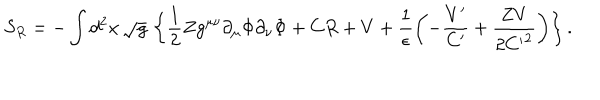
S _ { R } = - \int d ^ { 2 } x \, \sqrt { g } \, \left\{ \frac { 1 } { 2 } Z g ^ { \mu \nu } \partial _ { \mu } \Phi \partial _ { \nu } \Phi + C R + V + \frac { 1 } { \epsilon } \left( - \frac { V ^ { \prime } } { C ^ { \prime } } + \frac { Z V } { 2 { C ^ { \prime } } ^ { 2 } } \right) \right\} .